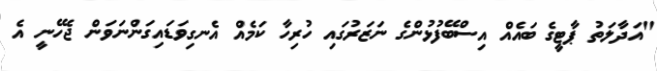
"އަދާލަތު ޕާޓީގެ ބައެއް އިސްބޭފުޅުންގެ ނަޒަރުގައި ހުރިހާ ކަމެއް އެނގިވަޑައިގަންނަވަން ޖެހޭނީ އެ